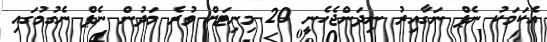
އެކަމަކު ނެޕް ނަގާއިރު ނިދަންޖެހެނީ 20 މިނިޓަށް ވުރެ މަދުން ނެޕް ނެގުމުގައި